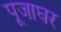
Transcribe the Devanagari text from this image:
पूजाघर